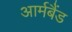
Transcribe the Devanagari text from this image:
आर्मबैंड